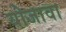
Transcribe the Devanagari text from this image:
योजावा